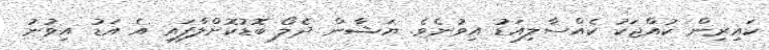
ކައިރިން ކުއްޖަކު ކެއްސާލިއަޑު އިވުނެވެ. ޔަޝާން ދެލޯ ބޮޑުކޮށްލާފައި އެ އަޑު އިވުނު